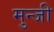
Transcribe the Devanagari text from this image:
मुन्जी